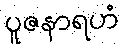
ပူဇနာရဟံ